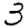
Digit: 3